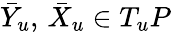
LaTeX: \bar{Y}_{u},\, \bar{X}_{u}\in T_{u}P